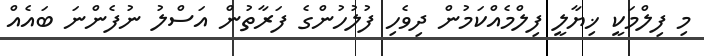
މި ފިލްމަކީ ޚިޔާލީ ފިލްމެއްކަމުން ދިވެހި ފުލުހުންގެ ފަރާތުން އަސްލު ނުފެންނަ ބައެއް